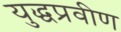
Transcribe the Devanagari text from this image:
युद्धप्रवीण